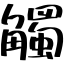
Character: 觸